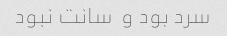
سرد بود و  سانت نبود